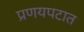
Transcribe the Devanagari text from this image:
प्रणयपटात